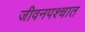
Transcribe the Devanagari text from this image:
जीवनपश्चात